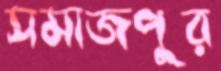
সমাজপুর